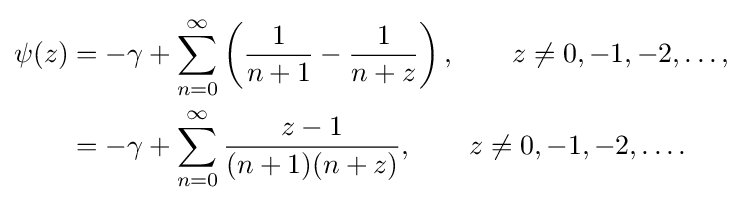
{\begin{aligned}\psi (z)&=-\gamma +\sum _{n=0}^{\infty }\left({\frac {1}{n+1}}-{\frac {1}{n+z}}\right),\qquad z\neq 0,-1,-2,\ldots ,\\&=-\gamma +\sum _{n=0}^{\infty }{\frac {z-1}{(n+1)(n+z)}},\qquad z\neq 0,-1,-2,\ldots .\end{aligned}}